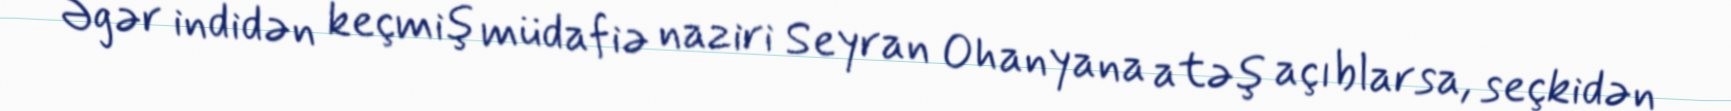
Əgər indidən keçmiş müdafiə naziri Seyran Ohanyana atəş açıblarsa, seçkidən